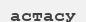
астасу